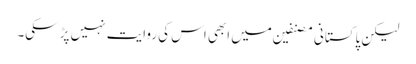
لیکن پاکستانی مصنفین میں ابھی اس کی روایت نہیں پڑ سکی۔